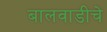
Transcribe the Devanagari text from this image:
बालवाडीचे